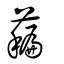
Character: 藊